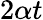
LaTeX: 2\alpha t